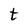
Character: t